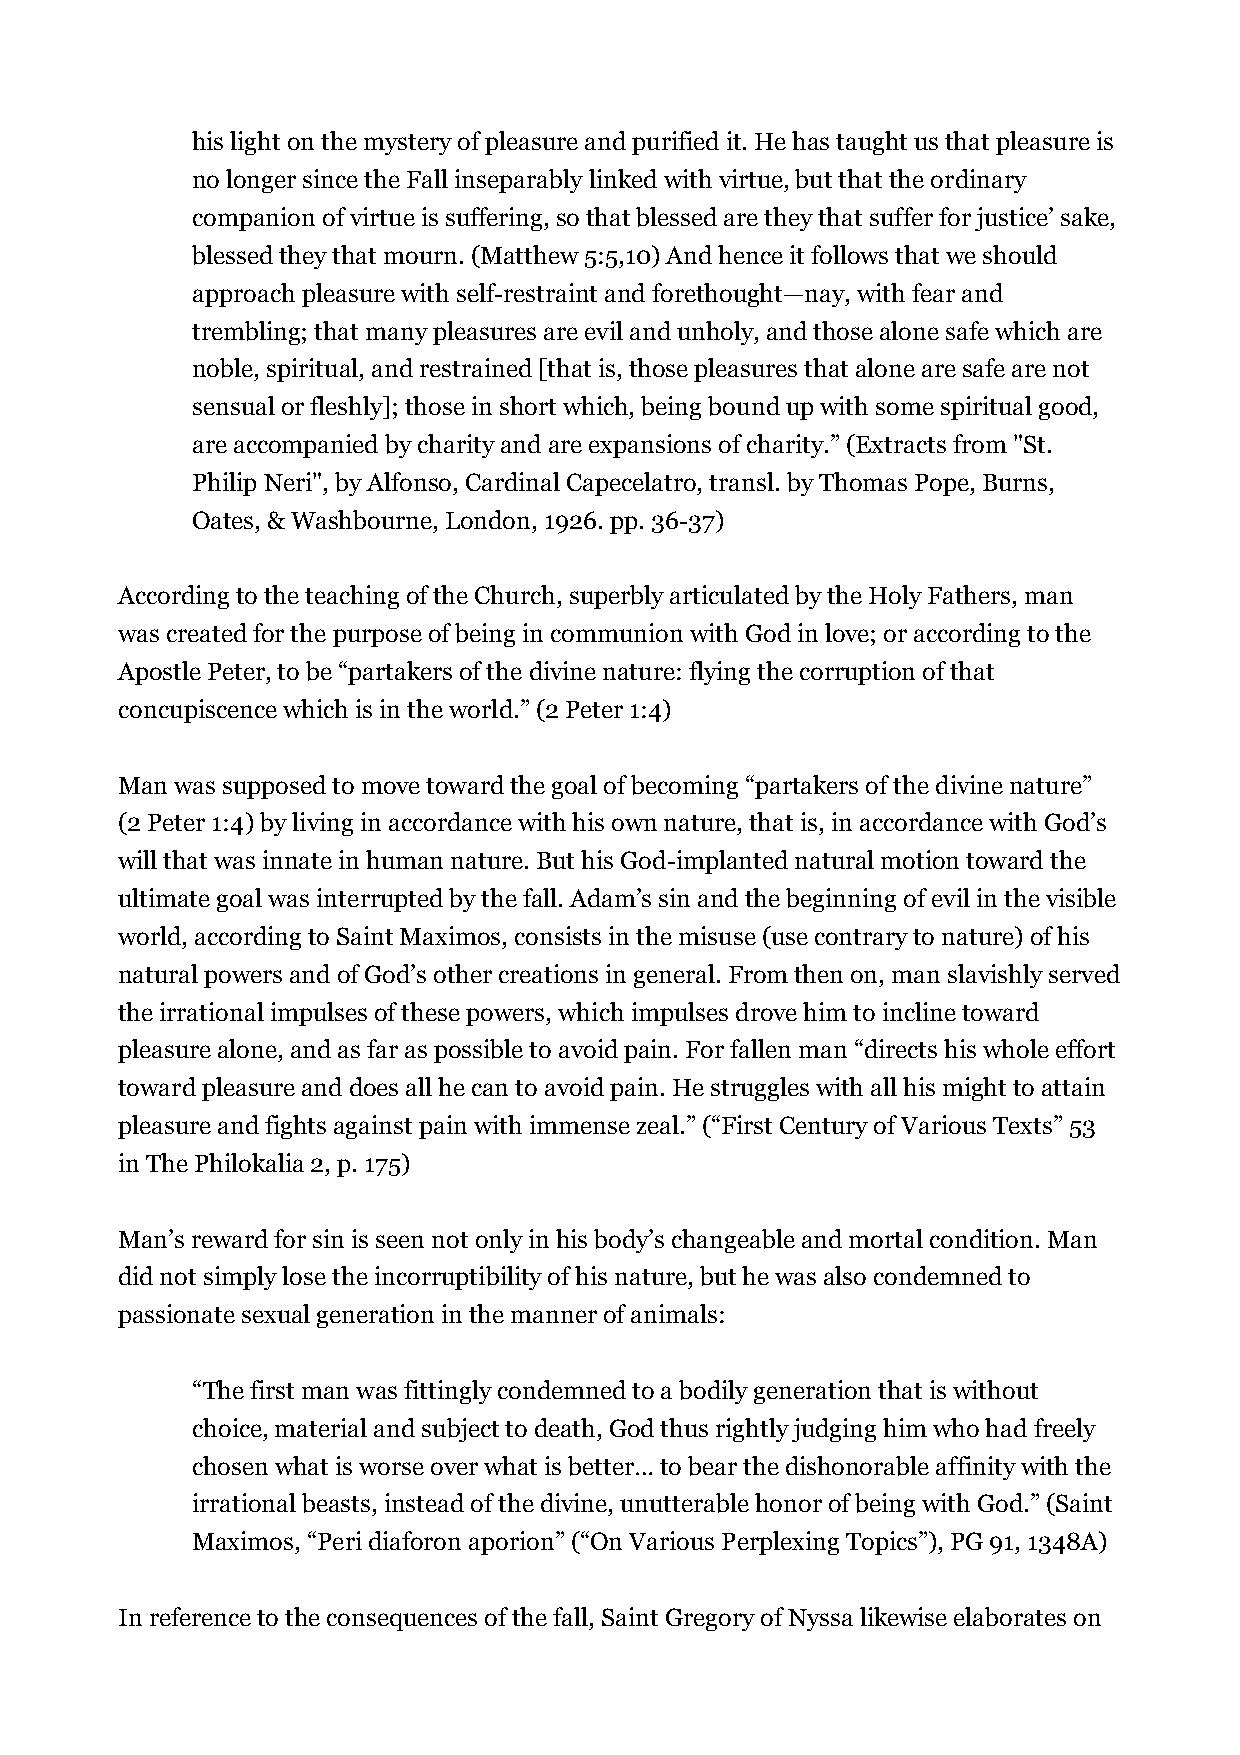
his light on the mystery of pleasure and purified it. He has taught us that pleasure is
 no longer since the Fall inseparably linked with virtue, but that the ordinary
 companion of virtue is suffering, so that blessed are they that suffer for justice’ sake,
 blessed they that mourn. (Matthew 5:5,10) And hence it follows that we should
 approach pleasure with self-restraint and forethought—nay, with fear and
 trembling; that many pleasures are evil and unholy, and those alone safe which are
 noble, spiritual, and restrained [that is, those pleasures that alone are safe are not
 sensual or fleshly]; those in short which, being bound up with some spiritual good,
 are accompanied by charity and are expansions of charity.” (Extracts from "St.
 Philip Neri", by Alfonso, Cardinal Capecelatro, transl. by Thomas Pope, Burns,
 Oates, & Washbourne, London, 1926. pp. 36-37)
 According to the teaching of the Church, superbly articulated by the Holy Fathers, man
 was created for the purpose of being in communion with God in love; or according to the
 Apostle Peter, to be “partakers of the divine nature: flying the corruption of that
 concupiscence which is in the world.” (2 Peter 1:4)
 Man was supposed to move toward the goal of becoming “partakers of the divine nature”
 (2 Peter 1:4) by living in accordance with his own nature, that is, in accordance with God’s
 will that was innate in human nature. But his God-implanted natural motion toward the
 ultimate goal was interrupted by the fall. Adam’s sin and the beginning of evil in the visible
 world, according to Saint Maximos, consists in the misuse (use contrary to nature) of his
 natural powers and of God’s other creations in general. From then on, man slavishly served
 the irrational impulses of these powers, which impulses drove him to incline toward
 pleasure alone, and as far as possible to avoid pain. For fallen man “directs his whole effort
 toward pleasure and does all he can to avoid pain. He struggles with all his might to attain
 pleasure and fights against pain with immense zeal.” (“First Century of Various Texts” 53
 in The Philokalia 2, p. 175)
 Man’s reward for sin is seen not only in his body’s changeable and mortal condition. Man
 did not simply lose the incorruptibility of his nature, but he was also condemned to
 passionate sexual generation in the manner of animals:
 “The first man was fittingly condemned to a bodily generation that is without
 choice, material and subject to death, God thus rightly judging him who had freely
 chosen what is worse over what is better… to bear the dishonorable affinity with the
 irrational beasts, instead of the divine, unutterable honor of being with God.” (Saint
 Maximos, “Peri diaforon aporion” (“On Various Perplexing Topics”), PG 91, 1348A)
 In reference to the consequences of the fall, Saint Gregory of Nyssa likewise elaborates on